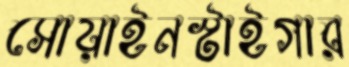
সোয়াইনস্টাইগার